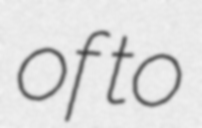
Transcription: of to